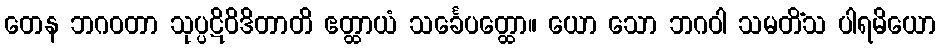
တေန ဘဂဝတာ သုပ္ပဋိဝိဒိတာတိ ဧတ္ထာယံ သင်္ခေပတ္ထော။ ယော သော ဘဂဝါ သမတိံသ ပါရမိယော